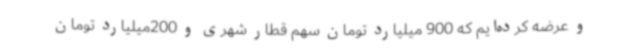
و عرضه کرده‌ایم که 900 میلیارد تومان سهم قطار شهری و 200میلیارد تومان